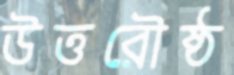
উত্তরৌষ্ঠ